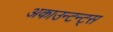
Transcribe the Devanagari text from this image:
अकाउन्टन्ट्स